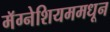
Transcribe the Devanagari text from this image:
मॅग्नेशियममधून